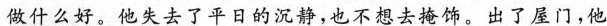
做什么好。他失去了平日的沉静，也不想去掩饰。出了屋门，他